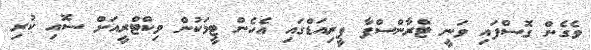
ވެގެން ގޮސްފައި ވަނީ ޓްރާންސްފާ ޕީރިއަޑްގައި އެހެން ޓީމަކުން ވިކްޓްރީއަށް ސޮއި ކުރި